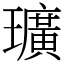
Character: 㼅